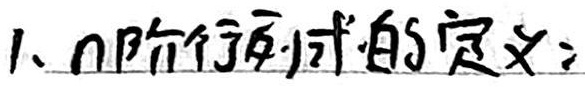
1. \(n\)阶行列式的定义：